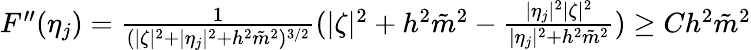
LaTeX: \begin{array}{r}{F^{\prime\prime}(\eta_{j})=\frac{1}{(\lvert\zeta\rvert^{2}+\lvert\eta_{j}\rvert^{2}+h^{2}\tilde{m}^{2})^{3/2}}(|\zeta|^{2}+h^{2}\tilde{m}^{2}-\frac{|\eta_{j}|^{2}|\zeta|^{2}}{|\eta_{j}|^{2}+h^{2}\tilde{m}^{2}})\geq Ch^{2}\tilde{m}^{2}}\end{array}